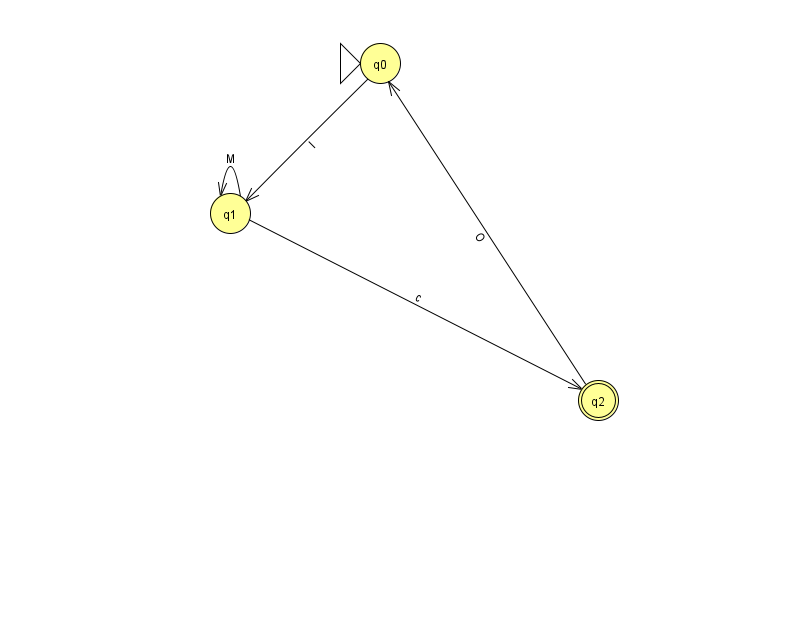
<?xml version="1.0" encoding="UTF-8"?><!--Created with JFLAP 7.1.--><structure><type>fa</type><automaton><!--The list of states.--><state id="0" name="q0"><x>380.0</x><y>50.0</y><initial/></state><state id="1" name="q1"><x>230.0</x><y>200.0</y></state><state id="2" name="q2"><x>598.0</x><y>387.0</y><final/></state><!--The list of transitions.--><transition><from>2</from><to>0</to><read>O</read></transition><transition><from>1</from><to>2</to><read>c</read></transition><transition><from>0</from><to>1</to><read>l</read></transition><transition><from>1</from><to>1</to><read>M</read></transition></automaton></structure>